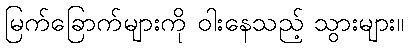
မြက်ခြောက်များကို ဝါးနေသည့် သွားများ။